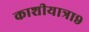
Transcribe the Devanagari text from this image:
काशीयात्रा९